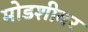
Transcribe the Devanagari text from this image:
मोडशीवर